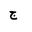
Letter: _gim